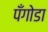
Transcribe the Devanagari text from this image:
पँगोडा